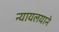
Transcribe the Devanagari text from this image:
न्यायलयाने